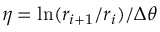
\eta = \ln ( r _ { i + 1 } / r _ { i } ) / \Delta \theta